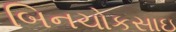
બિનચોકસાઇ